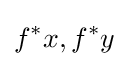
f^{*}x,f^{*}y